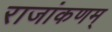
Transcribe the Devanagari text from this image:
राजांकणम्